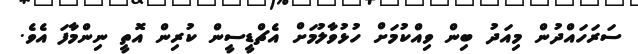
ސަރަހައްދުން މިއަދު ބިން ވިއްކުމަށް ހުޅުވާލުމަށް އެޗްޑީސީން ކުރިން އޮތީ ނިންމާފަ އެވެ.